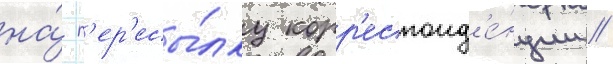
на́ п'ер'есы́лку корр'еспонд'е́нции /